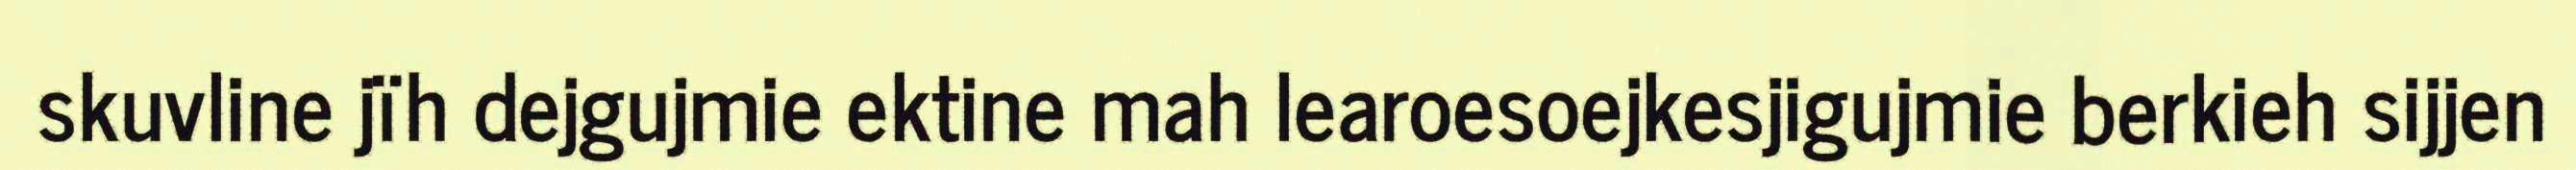
skuvline jïh dejgujmie ektine mah learoesoejkesjigujmie berkieh sijjen